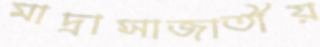
মাদ্রাসাজাতীয়